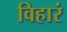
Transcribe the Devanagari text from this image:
विहारं